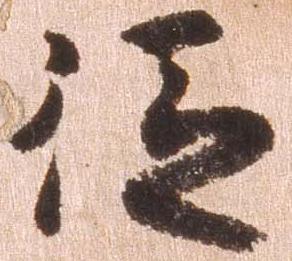
従